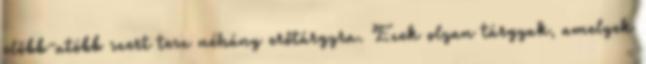
előbb-utóbb szert tesz néhány erőtárgyra. Ezek olyan tárgyak, amelyek